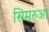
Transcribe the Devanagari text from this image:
सिमरुआ